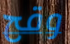
وقح